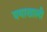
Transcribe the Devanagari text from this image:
वयाखाली